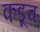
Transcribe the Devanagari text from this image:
कडूच